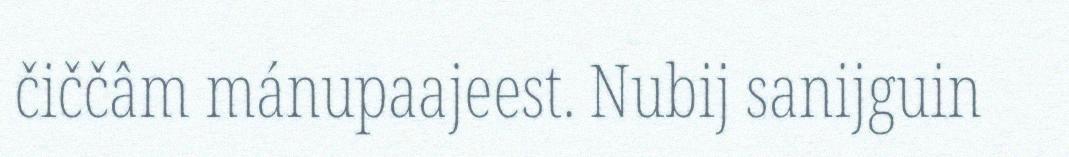
čiččâm mánupaajeest. Nubij sanijguin